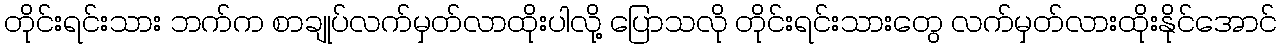
တိုင်းရင်းသား ဘက်က စာချုပ်လက်မှတ်လာထိုးပါလို့ ပြောသလို တိုင်းရင်းသားတွေ လက်မှတ်လားထိုးနိုင်အောင်